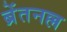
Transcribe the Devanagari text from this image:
ब्रेंतनल्ल